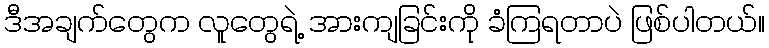
ဒီအချက်တွေက လူတွေရဲ့ အားကျခြင်းကို ခံကြရတာပဲ ဖြစ်ပါတယ်။